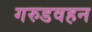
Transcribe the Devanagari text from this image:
गरुडवहन